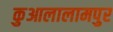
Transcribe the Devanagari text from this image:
कुआलालामपुर